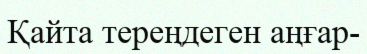
Қайта тереңдеген аңғар-